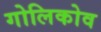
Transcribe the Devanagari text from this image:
गोलिकोव